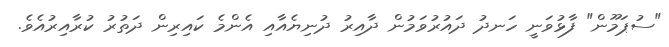
"ސުޕަމޫން" ފާޅުވަނީ ހަނދު ދައުރުވަމުން ދާއިރު ދުނިޔެއާއި އެންމެ ކައިރިން ދަތުރު ކުރާއިރުއެވެ.